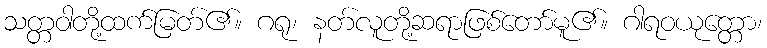
သတ္တဝါတို့ထက်မြတ်၏။ ဂရု၊ နတ်လူတို့ဆရာဖြစ်တော်မူ၏။ ဂါရဝယုတ္တော၊